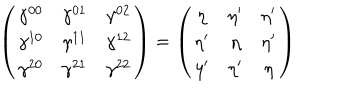
\left( \begin{array} { c c c } { { \gamma ^ { 0 0 } } } & { { \gamma ^ { 0 1 } } } & { { \gamma ^ { 0 2 } } } \\ { { \gamma ^ { 1 0 } } } & { { \gamma ^ { 1 1 } } } & { { \gamma ^ { 1 2 } } } \\ { { \gamma ^ { 2 0 } } } & { { \gamma ^ { 2 1 } } } & { { \gamma ^ { 2 2 } } } \\ \end{array} \right) = \left( \begin{array} { c c c } { { \eta } } & { { \eta ^ { \prime } } } & { { \eta ^ { \prime } } } \\ { { \eta ^ { \prime } } } & { { \eta } } & { { \eta ^ { \prime } } } \\ { { \eta ^ { \prime } } } & { { \eta ^ { \prime } } } & { { \eta } } \\ \end{array} \right)